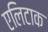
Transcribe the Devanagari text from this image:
एलिटाक